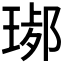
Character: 𤧢